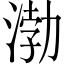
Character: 渤